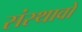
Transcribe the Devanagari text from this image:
संस्थावों